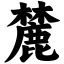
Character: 麓